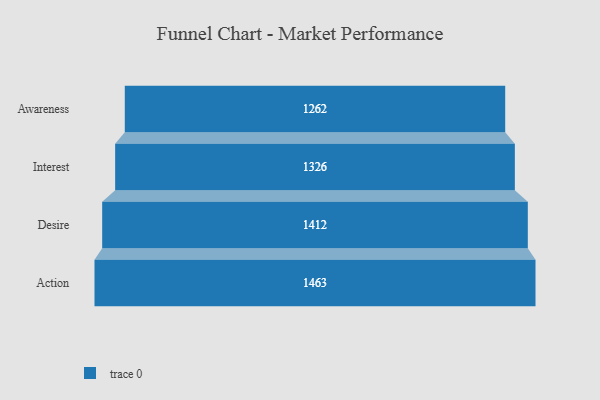
{"axis": {"x": "Stage", "y": "Value"}, "legend": [""], "data": [{"x": "Awareness", "y": 1262.0, "type": ""}, {"x": "Interest", "y": 1326.0, "type": ""}, {"x": "Desire", "y": 1412.0, "type": ""}, {"x": "Action", "y": 1463.0, "type": ""}]}